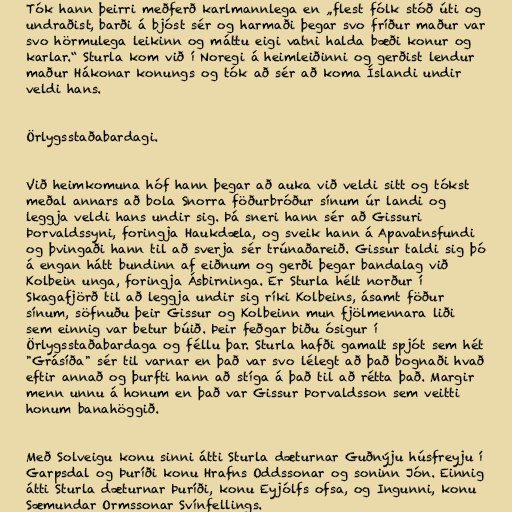
Tók hann þeirri meðferð karlmannlega en „flest fólk stóð úti og
undraðist, barði á bjóst sér og harmaði þegar svo fríður maður var
svo hörmulega leikinn og máttu eigi vatni halda bæði konur og
karlar.“ Sturla kom við í Noregi á heimleiðinni og gerðist lendur
maður Hákonar konungs og tók að sér að koma Íslandi undir
veldi hans.

Örlygsstaðabardagi.

Við heimkomuna hóf hann þegar að auka við veldi sitt og tókst
meðal annars að bola Snorra föðurbróður sínum úr landi og
leggja veldi hans undir sig. Þá sneri hann sér að Gissuri
Þorvaldssyni, foringja Haukdæla, og sveik hann á Apavatnsfundi
og þvingaði hann til að sverja sér trúnaðareið. Gissur taldi sig þó
á engan hátt bundinn af eiðnum og gerði þegar bandalag við
Kolbein unga, foringja Ásbirninga. Er Sturla hélt norður í
Skagafjörð til að leggja undir sig ríki Kolbeins, ásamt föður
sínum, söfnuðu þeir Gissur og Kolbeinn mun fjölmennara liði
sem einnig var betur búið. Þeir feðgar biðu ósigur í
Örlygsstaðabardaga og féllu þar. Sturla hafði gamalt spjót sem hét
"Grásíða" sér til varnar en það var svo lélegt að það bognaði hvað
eftir annað og þurfti hann að stíga á það til að rétta það. Margir
menn unnu á honum en það var Gissur Þorvaldsson sem veitti
honum banahöggið.

Með Solveigu konu sinni átti Sturla dæturnar Guðnýju húsfreyju í
Garpsdal og Þuríði konu Hrafns Oddssonar og soninn Jón. Einnig
átti Sturla dæturnar Þuríði, konu Eyjólfs ofsa, og Ingunni, konu
Sæmundar Ormssonar Svínfellings.